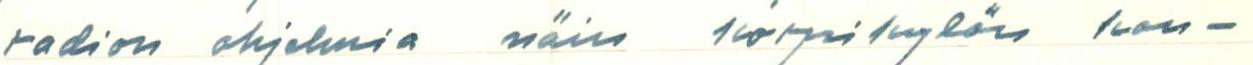
radion ohjelmia näin korpikylän kon-